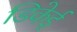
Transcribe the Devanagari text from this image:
डिकेई